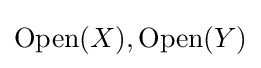
{\text{Open}}(X),{\text{Open}}(Y)